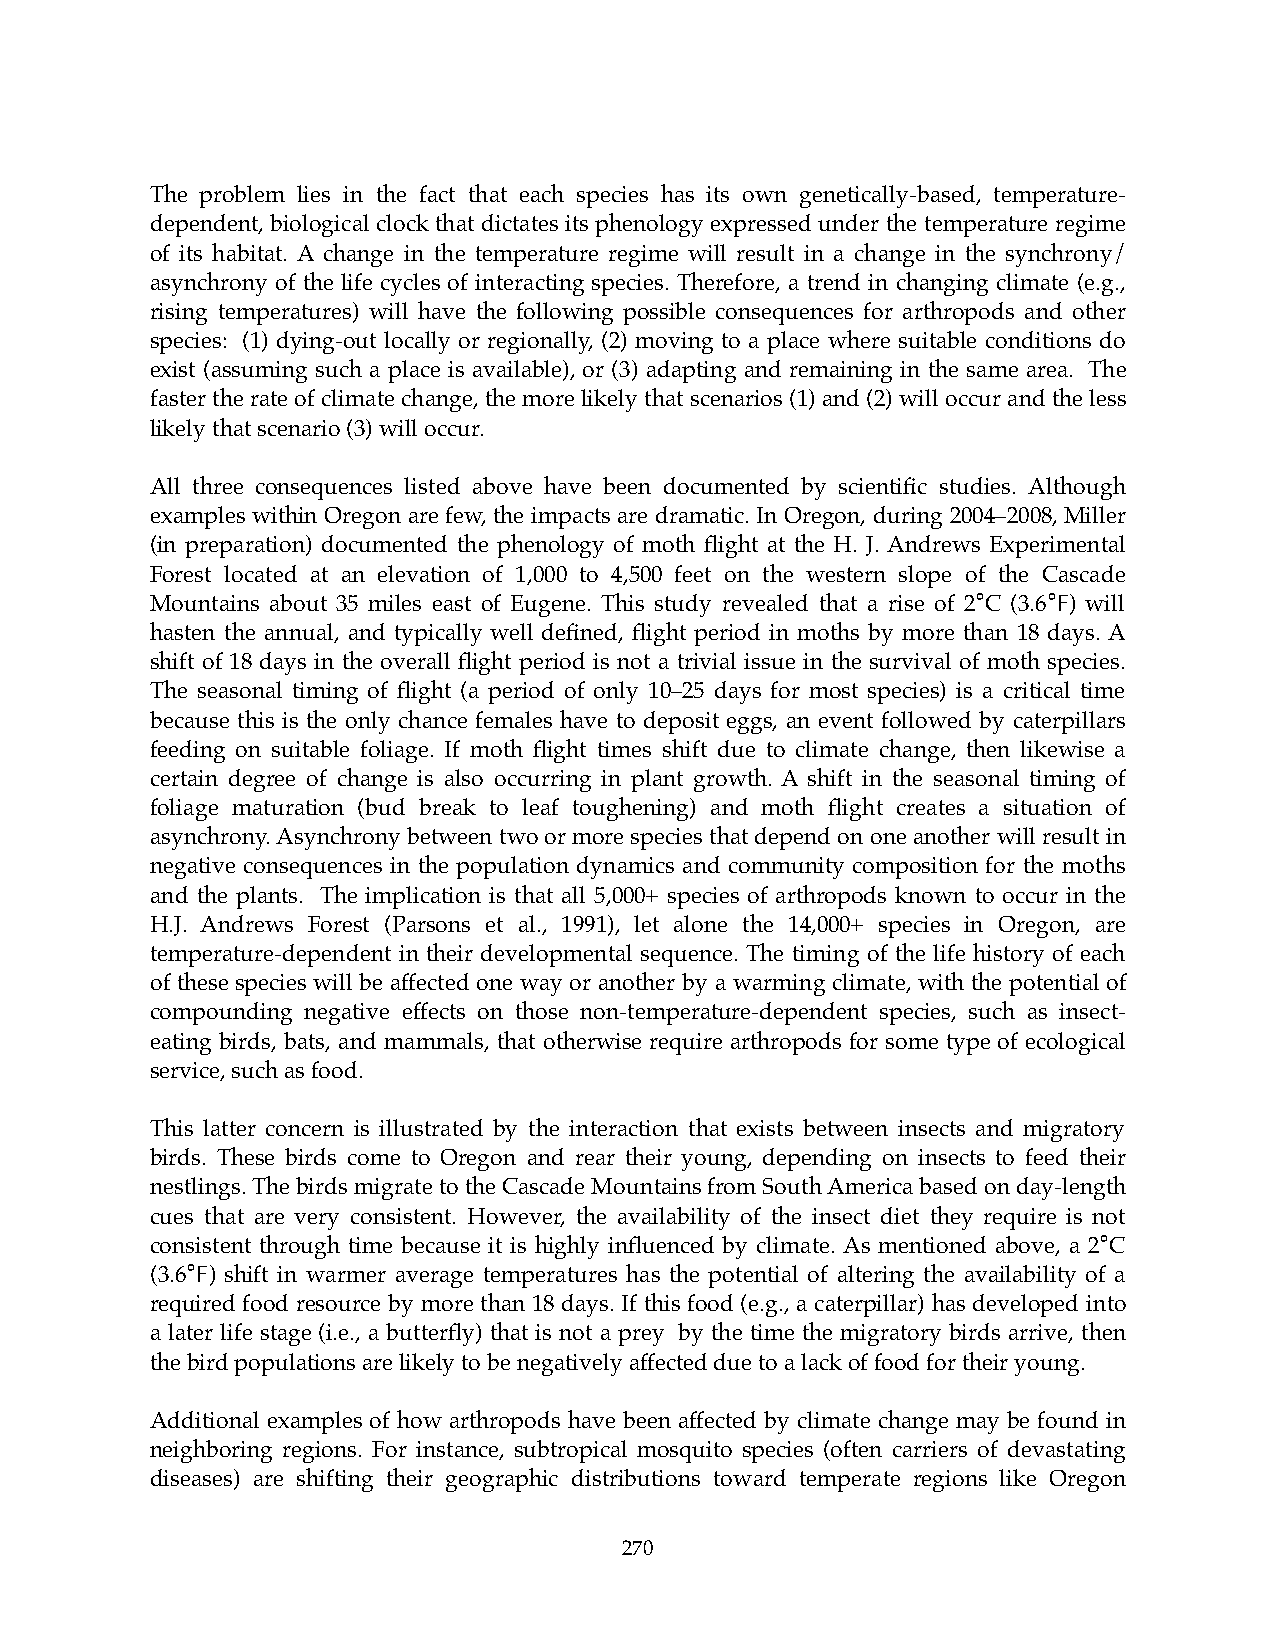
The problem lies in the fact that each species has its own genetically-based, temperature-
 dependent, biological clock that dictates its phenology expressed under the temperature regime
 of its habitat. A change in the temperature regime will result in a change in the synchrony/
 asynchrony of the life cycles of interacting species. Therefore, a trend in changing climate (e.g.,
 rising temperatures) will have the following possible consequences for arthropods and other
 species: (1) dying-out locally or regionally, (2) moving to a place where suitable conditions do
 exist (assuming such a place is available), or (3) adapting and remaining in the same area. The
 faster the rate of climate change, the more likely that scenarios (1) and (2) will occur and the less
 likely that scenario (3) will occur.
 All three consequences listed above have been documented by scientific studies. Although
 examples within Oregon are few, the impacts are dramatic. In Oregon, during 2004–2008, Miller
 (in preparation) documented the phenology of moth flight at the H. J. Andrews Experimental
 Forest located at an elevation of 1,000 to 4,500 feet on the western slope of the Cascade
 Mountains about 35 miles east of Eugene. This study revealed that a rise of 2°C (3.6°F) will
 hasten the annual, and typically well defined, flight period in moths by more than 18 days. A
 shift of 18 days in the overall flight period is not a trivial issue in the survival of moth species.
 The seasonal timing of flight (a period of only 10–25 days for most species) is a critical time
 because this is the only chance females have to deposit eggs, an event followed by caterpillars
 feeding on suitable foliage. If moth flight times shift due to climate change, then likewise a
 certain degree of change is also occurring in plant growth. A shift in the seasonal timing of
 foliage maturation (bud break to leaf toughening) and moth flight creates a situation of
 asynchrony. Asynchrony between two or more species that depend on one another will result in
 negative consequences in the population dynamics and community composition for the moths
 and the plants. The implication is that all 5,000+ species of arthropods known to occur in the
 H.J. Andrews Forest (Parsons et al., 1991), let alone the 14,000+ species in Oregon, are
 temperature-dependent in their developmental sequence. The timing of the life history of each
 of these species will be affected one way or another by a warming climate, with the potential of
 compounding negative effects on those non-temperature-dependent species, such as insect-
 eating birds, bats, and mammals, that otherwise require arthropods for some type of ecological
 service, such as food.
 This latter concern is illustrated by the interaction that exists between insects and migratory
 birds. These birds come to Oregon and rear their young, depending on insects to feed their
 nestlings. The birds migrate to the Cascade Mountains from South America based on day-length
 cues that are very consistent. However, the availability of the insect diet they require is not
 consistent through time because it is highly influenced by climate. As mentioned above, a 2°C
 (3.6°F) shift in warmer average temperatures has the potential of altering the availability of a
 required food resource by more than 18 days. If this food (e.g., a caterpillar) has developed into
 a later life stage (i.e., a butterfly) that is not a prey by the time the migratory birds arrive, then
 the bird populations are likely to be negatively affected due to a lack of food for their young.
 Additional examples of how arthropods have been affected by climate change may be found in
 neighboring regions. For instance, subtropical mosquito species (often carriers of devastating
 diseases) are shifting their geographic distributions toward temperate regions like Oregon
 270